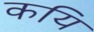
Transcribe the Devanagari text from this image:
कयि